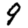
Digit: 9